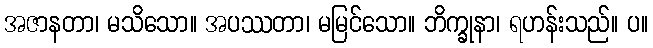
အဇာနတာ၊ မသိသော။ အပဿတာ၊ မမြင်သော။ ဘိက္ခုနာ၊ ရဟန်းသည်။ ပ။